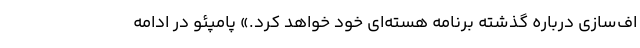
اف‌سازی درباره گذشته برنامه هسته‌ای خود خواهد کرد.» پامپئو در ادامه